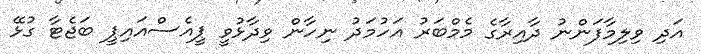
އަދި ވިލިމާފަންނު ދާއިރާގެ މެމްބަރު އަހުމަދު ނިހާން ވިދާޅުވީ ޕީއެސްއައިޕީ ބަޖެޓާ ގުޅޭ